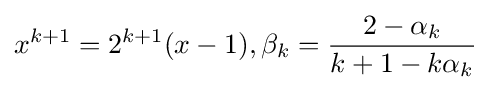
x^{k+1}=2^{k+1}(x-1),\beta _{k}={\frac {2-\alpha _{k}}{k+1-k\alpha _{k}}}